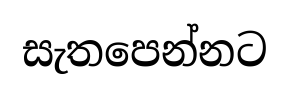
සැතපෙන්නට